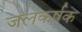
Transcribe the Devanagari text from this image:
जलकर्षक